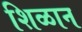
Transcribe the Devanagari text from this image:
शिळान